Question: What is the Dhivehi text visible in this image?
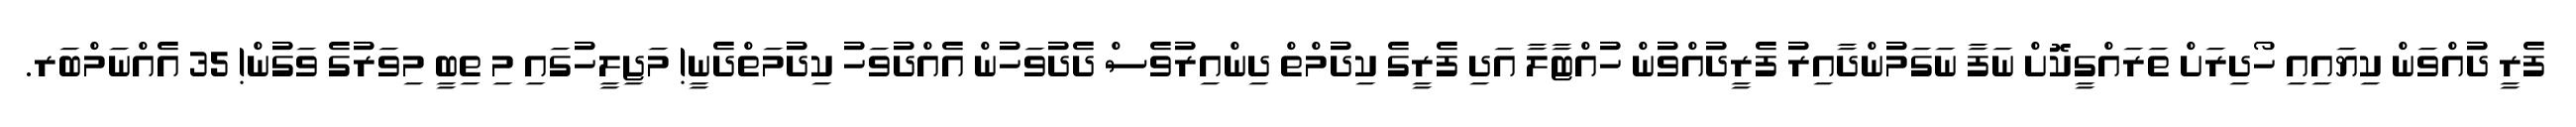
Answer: ފެރީ ދުއްވަން ކިޔައިއި ހޯދިރަށް ތަރައްގީކޮށް ނަފާ ނަގަމުންދާއިރު ފެރީދުއްވުން ހުއްޓާލާ އަދި ފެރީގެ ކިދުމްތް ދިންއިރުވެސް ދެދުވަހުން އެއްދުވަހު ކިދުމަތްދެނީ! މަޖިލީހުގައި މި ތިބީ މިވަރުގެ ވަގުން! 35 އެއްނަމްބަރ.